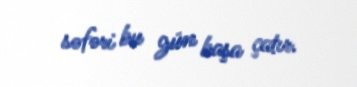
səfəri bu gün başa çatır.